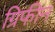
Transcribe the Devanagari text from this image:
ग्रिफीन